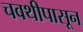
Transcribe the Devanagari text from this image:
चवथीपासून